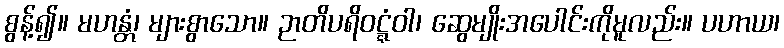
စွန့်၍။ မဟန္တံ၊ များစွာသော။ ဉာတိပရိဝဋ္ဋံဝါ၊ ဆွေမျိုးအပေါင်းကိုမူလည်း။ ပဟာယ၊